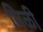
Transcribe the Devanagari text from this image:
मिळी